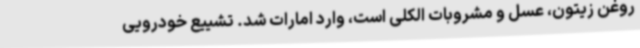
روغن زیتون، عسل و مشروبات الکلی است، وارد امارات شد. تشییع خودرویی